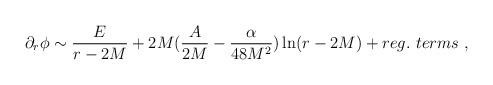
\begin{align*}\partial_r\phi \sim \frac{E}{r-2M} +2M(\frac{A}{2M}-\frac{\alpha}{48M^2})\ln(r-2M) + reg.\ terms \ ,\end{align*}